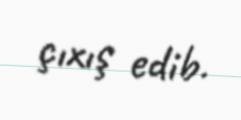
çıxış edib.